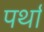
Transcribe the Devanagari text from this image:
पर्था